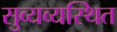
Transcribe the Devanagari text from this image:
सुव्यव्यस्थित